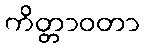
ကိတ္တာဝတာ